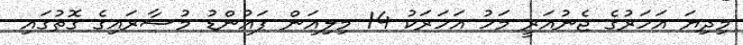
މިދިޔަ އަހަރުގެ ޖެނުއަރީ މަހު އަހަރަކު 14 މިލިއަން ޕައުންޑު މުސާރައިގެ ގޮތުގައި